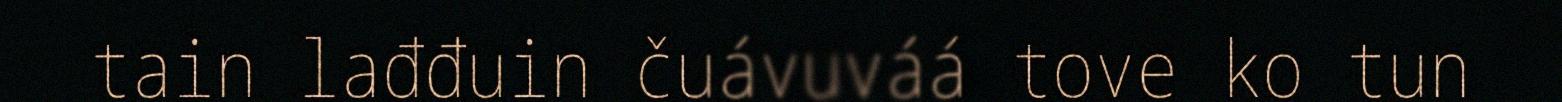
tain lađđuin čuávuváá tove ko tun